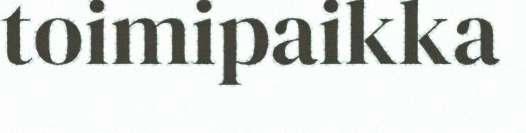
toimipaikka